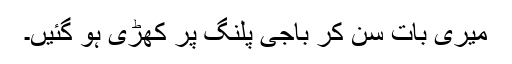
میری بات سن کر باجی پلنگ پر کھڑی ہو گئیں۔